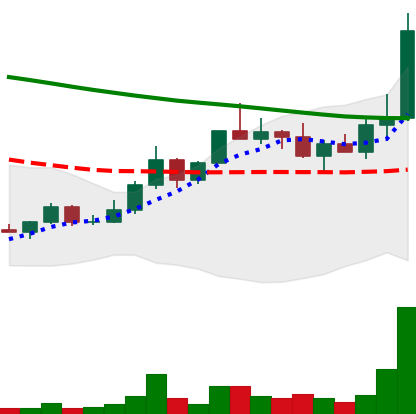
Ticker: DOGE-USD
Chart end date: 2022-04-05
Forward return: -13.517%
Label: down_7plus